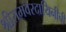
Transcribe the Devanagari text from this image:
श्रीरामवरदायिनीची